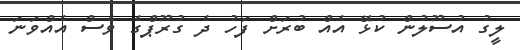
ލީގު އުސޫލުން ކުޅޭ އެއް ބުރަށް ފަހު ދެ ގުރޫޕްގެ ވެސް އެއްވަނަ